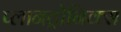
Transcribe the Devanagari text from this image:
प्लानट्रोनिक्स